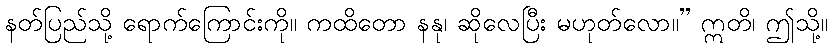
နတ်ပြည်သို့ ရောက်ကြောင်းကို။ ကထိတော နနု၊ ဆိုလေပြီး မဟုတ်လော။” ဣတိ၊ ဤသို့။